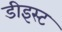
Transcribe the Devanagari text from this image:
डीइस्ट